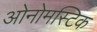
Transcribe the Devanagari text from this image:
ओनोमस्टिक